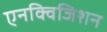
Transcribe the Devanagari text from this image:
एनक्विजिशन